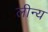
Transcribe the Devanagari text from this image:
लीन्य